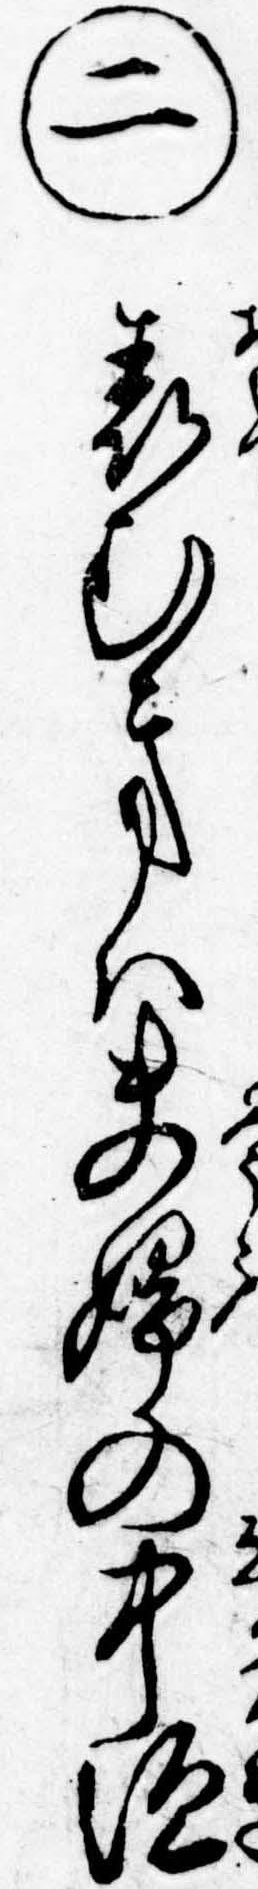
㊁表むきは夫婦の中垣